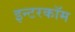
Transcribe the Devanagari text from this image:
इन्टरकॉम